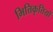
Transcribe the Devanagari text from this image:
भित्तिकृत्तियों